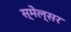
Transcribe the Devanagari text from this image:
स्मेल्सर